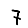
Digit: 7